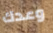
وعدك